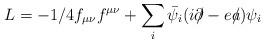
LaTeX: \begin{align*}L=-1/4f_{\mu \nu}f^{\mu \nu} + \sum_i \bar{\psi_i}( i \partial\!\!\!/ -ea \!\!\!/ )\psi_i\end{align*}